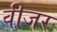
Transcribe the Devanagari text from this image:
वीजर